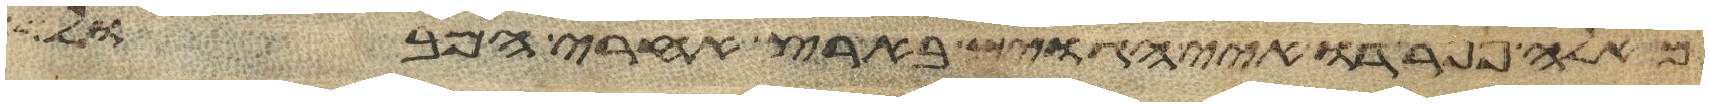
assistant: מאלה נפרדו איי הגוים בארץ אחרי המבול